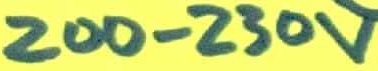
Text: 200-230V